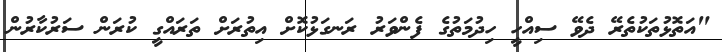
"އަތޮޅުތަކުތެރޭ ދެވޭ ސިއްހީ ހިދުމަތުގެ ފެންވަރު ރަނގަޅުކޮށް އިތުރަށް ތަރައްގީ ކުރަން ސަރުކާރުން